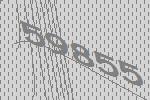
59855